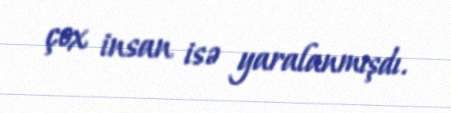
çox insan isə yaralanmışdı.